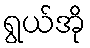
ရွယ်အို